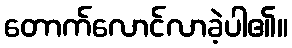
တောက်လောင်လာခဲ့ပါ၏။